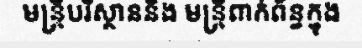
មន្ត្រីបរិស្ថាននិង មន្ត្រីពាក់ព័ន្ធក្នុង